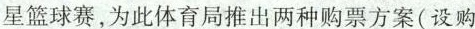
星篮球赛，为此体育局推出两种购票方案(设购